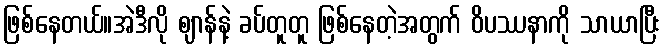
ဖြစ်နေတယ်။အဲဒီလို ဈာန်နဲ့ ခပ်တူတူ ဖြစ်နေတဲ့အတွက် ဝိပဿနာကို သာယာပြီး